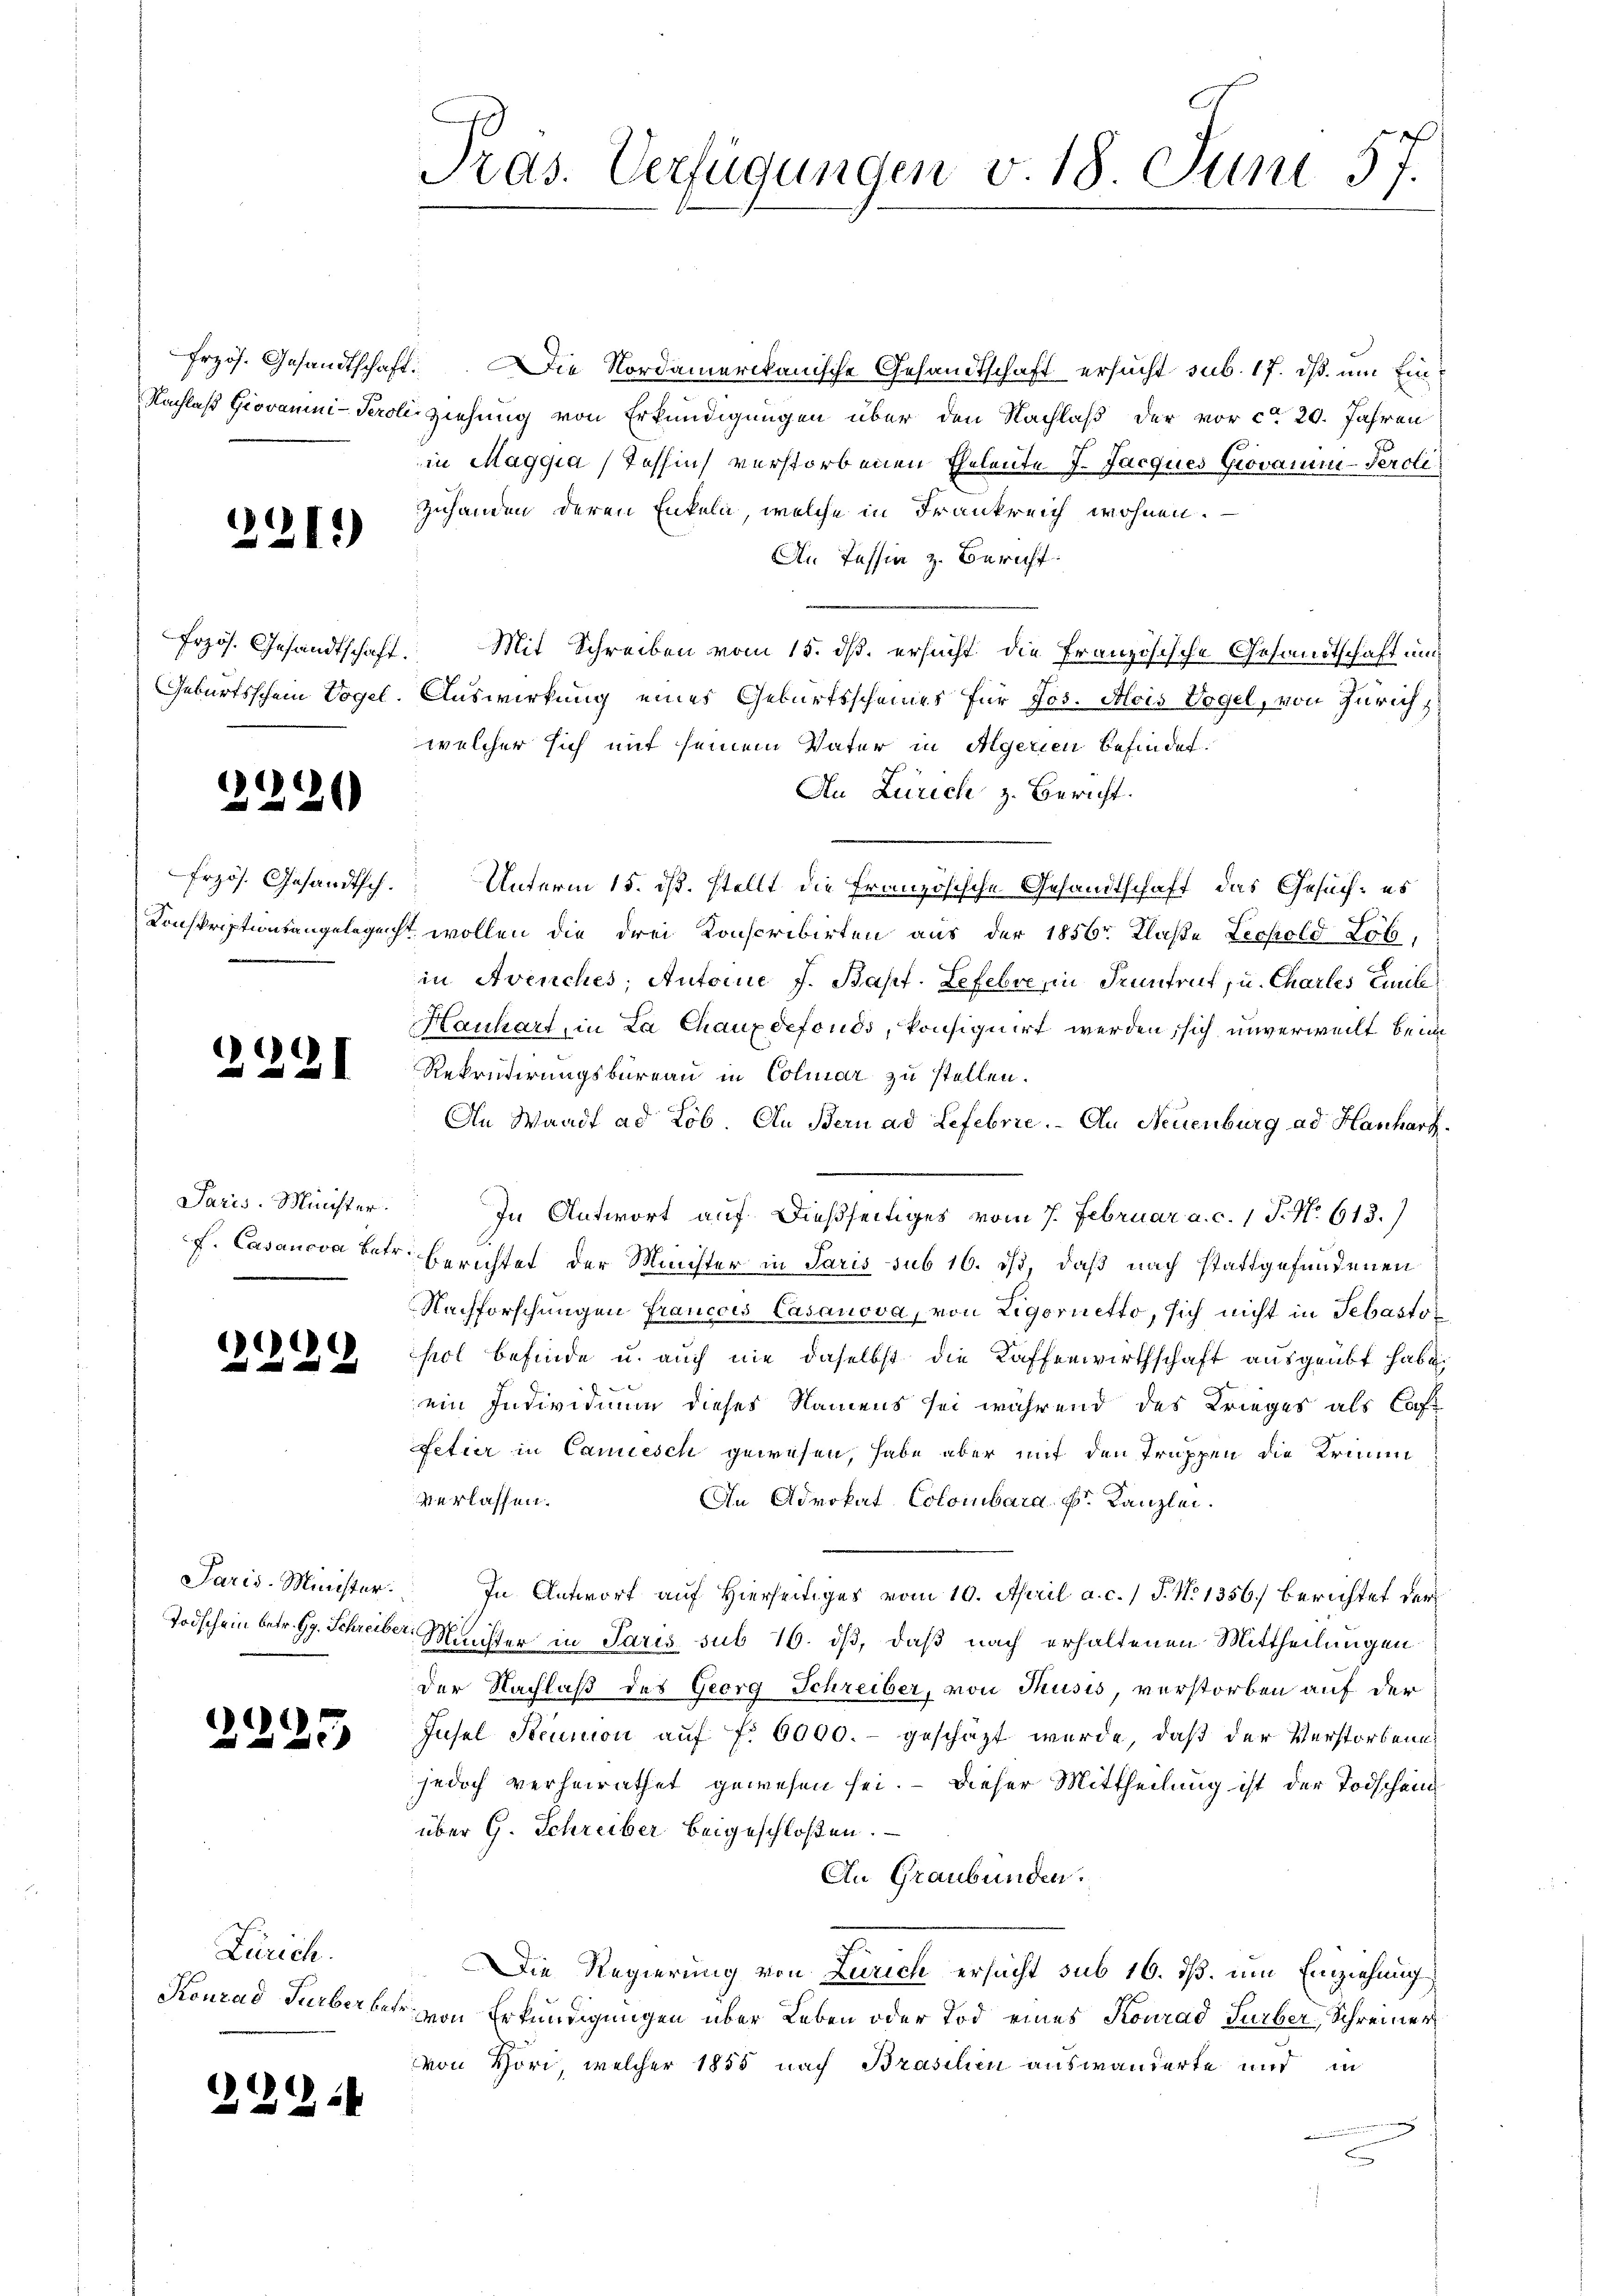
221.

)
)
220

Frzös. Gesandtsch.

2

.

Paris. Minister.
cf. Casanova betr.

)
22

Todschein betr. Gg. Schreiberi

2295

Zürich.

31916

frzös. Gesandtschaft. Die Nordamerikanische Gesandtschaft ersucht sub. 17. ds. um Ein¬
Nachlaß Giovamni-Peroliziehung von Erkundigungen über den Nachlaß der vor ca 20. Jahren
in Maggia, Tessin verstorbenen Eheleute J. Jacques Giovan-Perole
Zuhanden deren Enkeln, welche in Frankreich wohnen.
An Tessin z. Bericht.
Frzös. Gesandtschaft. Mit Schreiben vom 15. ds. ersucht die Französische Gesandtschaft um
Geburtsschein Vogel. Auswirkung eines Geburtsscheines für Jos. Alois Vogel, von Zürich
welcher sich mit seinem Vater in Algerien befindet.
An Zürich z. Bericht.
Unterm 15. ds. stellt die Französische Gesandtschaft, das Gesuch: es
Konskriptionsangeleget wollen die drei Konscribirten aus der 1856 Klasse Lechold Lob,
in Avenches, Antoine J. Bapt. Lefevre, in Truntrut u. Chartes Emile
Hanhart, in La Chauxdefonds, konsiquirt werden, sich unverweilt beim
Rekrutirungsbureau in Colmar zu stellen.
An Waadt ad Lob. An Bern ad Lefebrie. Au Neuenburg ad Hanhart.
In Antwort auf dießseitiges vom 7. Februar a. c. 1 P. Nr. 613.)
Berichtet der Machter in Paris sub 16. ist, daß nach stattgefundenen
Nachforschungen Francois Casanova, von Ligorietto, sich nicht in Sebastor
hol befinde u. auch nie daselbst die Kaffenwirthschaft ausgeübt habe.
ein Individium dieses Namens sei während des Krieges als Caf
fetier in Cancesch gewesen, habe aber mit den Truppen die Krimin
verlassen.
An Advokat Colombara Hr. Kanzlei.
Paris-Minister. In Antwort auf Hierseitiges vom 10. April a. c. 1 S. No 1356. berichtet der
Münster in Paris sub 16. dß, daß nach erhaltenen Mittheilungen
der Nachlaß des Georg Schreiber, von Thusis, verstorben auf der
Insel Steunion auf fr. 6000.- geschäzt wurde, daß der Verstorbene
jedoch verheirathet gewesen sei. — Dieser Mittheilung ist der Todschein
über G. Schreiber beigeschloßen.
An Graubünden.
Die Regierung von Zürich ersucht sub 16. ds. um Einziehung
Konrad Surberber von Erkundigungen über Leben oder Tod eines Konrad Surber, Schreiner
von Höri, welcher 1855 nach Brasilien auswanderte und in

Pras. Verfügungen v. 18. Juni 57.